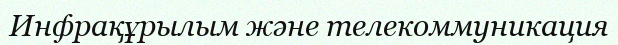
Инфрақұрылым және телекоммуникация